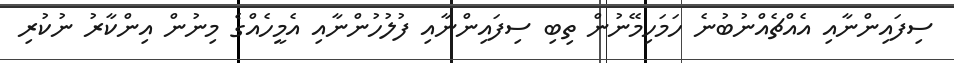
ސިފައިންނާއި އެއްޗެއްނުބުނެ ހަމަހިމޭނުން ތިބި ސިފައިންނާއި ފުލުހުންނާއި އެމީހެއްގެ މިނުން އިންކާރު ނުކުރި